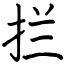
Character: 拦